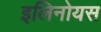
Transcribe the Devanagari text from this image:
इलिनोयस